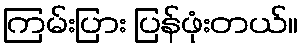
ကြမ်းပြား ပြန်ဖုံးတယ်။